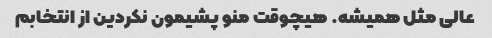
عالی مثل همیشه. هیچوقت منو پشیمون نکردین از انتخابم